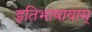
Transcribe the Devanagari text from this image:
इतिभाषायाम्‌